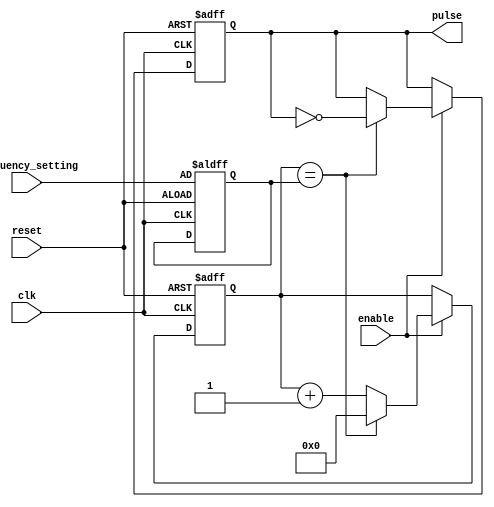
module Variable_Frequency_Pulse_Generator(
    input wire clk,
    input wire reset,
    input wire enable,
    input wire [7:0] frequency_setting,
    output reg pulse
);

reg [7:0] counter;
reg [7:0] threshold;

always @ (posedge clk or posedge reset) begin
    if (reset) begin
        counter <= 8'h00;
        threshold <= frequency_setting;
        pulse <= 1'b0;
    end else if (enable) begin
        counter <= counter + 1;
        if (counter == threshold) begin
            counter <= 8'h00;
            pulse <= ~pulse;
        end
    end
end

endmodule